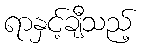
ရာနှင့်ချီသည့်